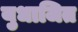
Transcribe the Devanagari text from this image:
युधाजित